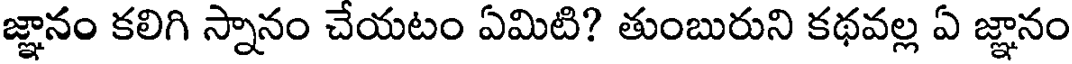
జ్ఞానం కలిగి స్నానం చేయటం ఏమిటి? తుంబురుని కథవల్ల ఏ జ్ఞానం